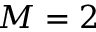
M = 2